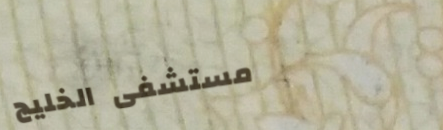
مستشفى الخليج